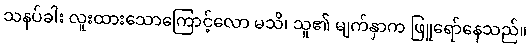
သနပ်ခါး လူးထားသောကြောင့်လော မသိ၊ သူ၏ မျက်နှာက ဖြူရော်နေသည်။